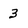
Character: 3